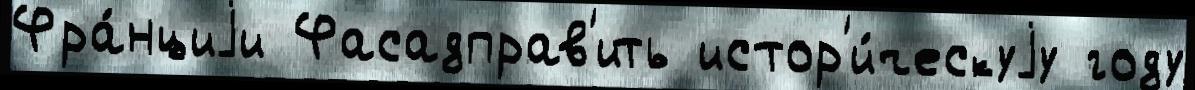
Фра́нциjи Фасадправ'ить истор'и́ческуjу году